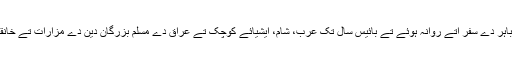
بعد وچ ہندوستان تو‏ں باہر دے سفر اُتے روانہ ہوئے تے بائیس سال تک عرب، شام، ایشیائے کوچک تے عراق دے مسلم بزرگانِ دین دے مزارات تے خانقاہاں وچ صرف کیتے۔